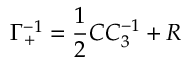
\Gamma _ { + } ^ { - 1 } = { \frac { 1 } { 2 } } C C _ { 3 } ^ { - 1 } + R